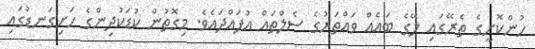
ހުންކޮށީގެ ތެރޭގައި ލޭގެ ބައެއް ވައްތަރުގެ ސެލްތައް އުފައްދައެވެ. މިގޮތުން ކުޑަކުދިންގެ ހަށިގަނޑުގައި